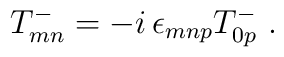
T^-_{mn} = - i\, \epsilon_{mnp} T^-_{0p} \ .